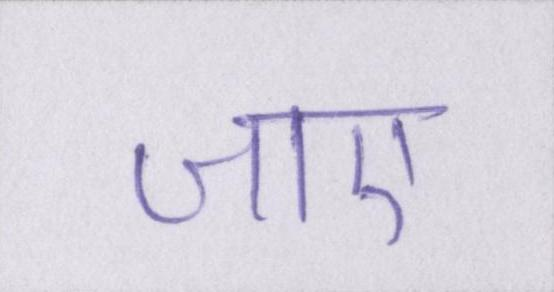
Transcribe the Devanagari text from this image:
जाए